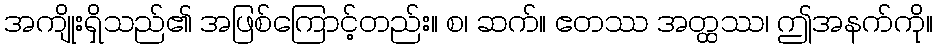
အကျိုးရှိသည်၏ အဖြစ်ကြောင့်တည်း။ စ၊ ဆက်။ ဧတဿ အတ္ထဿ၊ ဤအနက်ကို။